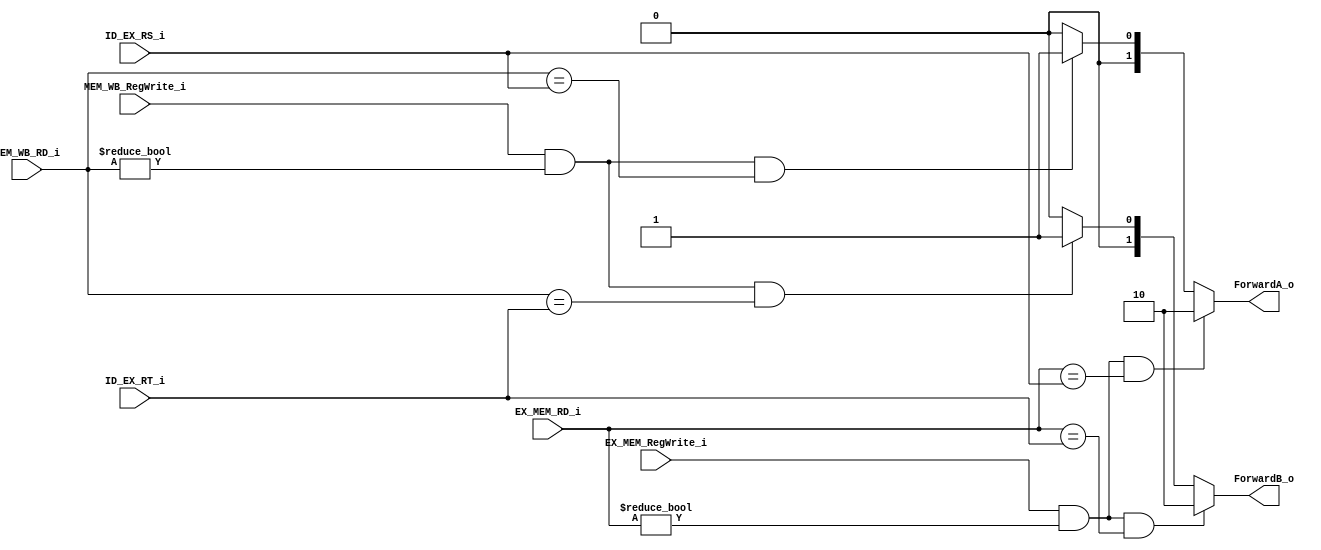
`timescale 1ns / 1ps
//////////////////////////////////////////////////////////////////////////////////
// Company: 
// Engineer: 
// 
// Design Name: 
// Module Name: Forwarding_unit
// Project Name: 
// Target Devices: 
// Tool Versions: 
// Description: 
// 
// Dependencies: 
// 
// Revision:
// Revision 0.01 - File Created
// Additional Comments:
// 
//////////////////////////////////////////////////////////////////////////////////

module ForwardingUnit
(   
    EX_MEM_RegWrite_i,
    EX_MEM_RD_i,
    ID_EX_RS_i,
    ID_EX_RT_i,
    MEM_WB_RegWrite_i,
    MEM_WB_RD_i,
    ForwardA_o,
    ForwardB_o
);

input			    EX_MEM_RegWrite_i, MEM_WB_RegWrite_i;
input	    [4:0]	ID_EX_RS_i, ID_EX_RT_i, EX_MEM_RD_i, MEM_WB_RD_i;
output reg	[1:0]	ForwardA_o, ForwardB_o;

always@(*)begin
    ForwardA_o = 2'b00;

    if(EX_MEM_RegWrite_i && 
    (EX_MEM_RD_i != 5'b00000) && 
    (EX_MEM_RD_i == ID_EX_RS_i)) ForwardA_o = 2'b10;

    else if(MEM_WB_RegWrite_i &&
    (MEM_WB_RD_i != 5'b00000) &&
    MEM_WB_RD_i == ID_EX_RS_i)  ForwardA_o = 2'b01;

    ForwardB_o = 2'b00;

    if(EX_MEM_RegWrite_i && 
    (EX_MEM_RD_i != 5'b00000) && 
    (EX_MEM_RD_i == ID_EX_RT_i)) ForwardB_o = 2'b10;

    else if(MEM_WB_RegWrite_i &&
    (MEM_WB_RD_i != 5'b00000) &&
    MEM_WB_RD_i == ID_EX_RT_i)  ForwardB_o = 2'b01;

end
endmodule